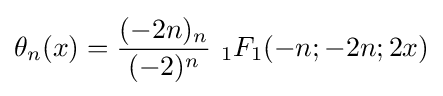
\theta _{n}(x)={\frac {(-2n)_{n}}{(-2)^{n}}}\,\,_{1}F_{1}(-n;-2n;2x)